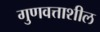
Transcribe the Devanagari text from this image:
गुणवत्ताशील